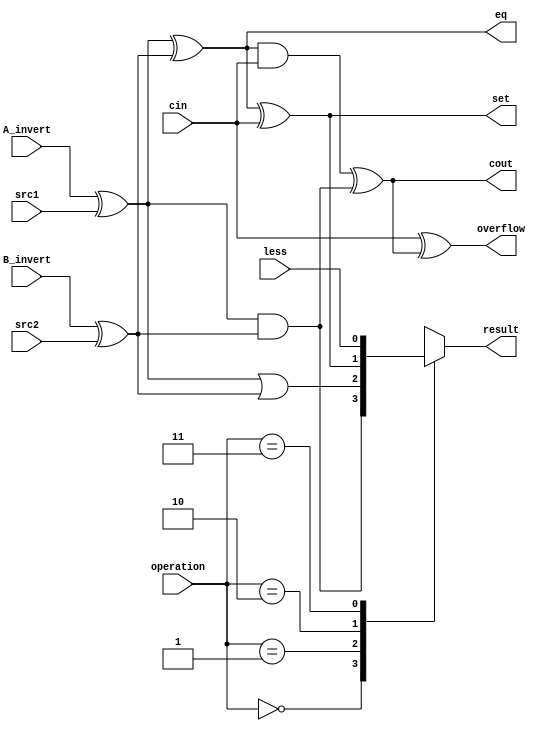

module alu_buttom(
               src1,       //1 bit source 1 (input)
               src2,       //1 bit source 2 (input)
               less,       //1 bit less     (input)
               A_invert,   //1 bit A_invert (input)
               B_invert,   //1 bit B_invert (input)
               cin,        //1 bit carry in (input)
               operation,  //operation      (input)
               //com_op,
               result,     //1 bit result   (output)
               cout,       //1 bit carry out(output)
               overflow,
               set,
               eq
               );

input         src1;
input         src2;
input         less;
input         A_invert;
input         B_invert;
input         cin;
input [2-1:0] operation;
//input   [2:0] com_op;

output        result;
output        cout;
output        overflow;
output reg    set;
output        eq;

reg           result;

wire          m1,m2,op1,op2,op3,op4;

assign m1 = A_invert ^ src1;
assign m2 = B_invert ^ src2;
assign op1 = m1 & m2;
assign op2 = m1 | m2;
assign op3 = m1 ^ m2 ^ cin;
assign op4 = less;
assign cout = ((m1 ^ m2) & cin) ^ (m1 & m2);
assign overflow = cin ^ cout;
assign eq = m1 ^ m2;

always@( * )
     begin
     case(operation)
          2'b00 : result = op1;
          2'b01 : result = op2;
          2'b10 : result = op3;
          2'b11 : result = op4;
     endcase
     set = op3;

end

endmodule